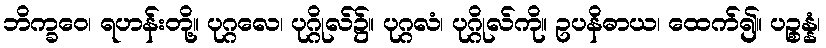
ဘိက္ခဝေ၊ ရဟန်းတို့။ ပုဂ္ဂလေ၊ ပုဂ္ဂိုလ်၌။ ပုဂ္ဂလံ၊ ပုဂ္ဂိုလ်ကို။ ဥပနိဓာယ၊ ထေက်၍။ ပဉ္စန္နံ၊